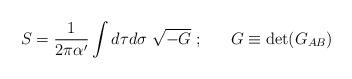
LaTeX: \begin{align*}S=\frac{1}{2\pi\alpha'}\int d\tau d\sigma\;\sqrt{-G}\; ;\;\;\;\;\;\;G\equiv{\mbox{det}}(G_{AB})\end{align*}